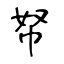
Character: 帑